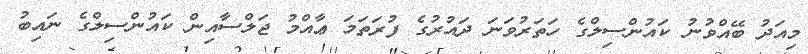
މިއަދު ބޭއްވުނު ކައުންސިލްގެ ހަތަރުވަނަ ދައުރުގެ ފުރަތަމަ ޢާއްމު ޖަލްސާއިން ކައުންސިލްގެ ނައިބު